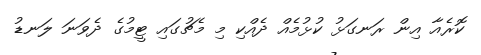
ކޮރެއާ އިން ރަނގަޅު ކުޅުމެއް ދެއްކި މި މެޗުގައި ޓީމުގެ ދެވަނަ ލަނޑު